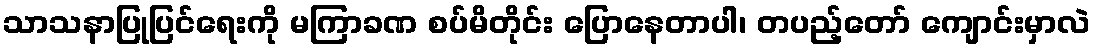
သာသနာပြုပြင်ရေးကို မကြာခဏ စပ်မိတိုင်း ပြောနေတာပါ၊ တပည့်တော် ကျောင်းမှာလဲ